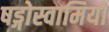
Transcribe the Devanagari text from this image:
षड्गोस्वामियों